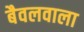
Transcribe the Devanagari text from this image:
बैवलवाला